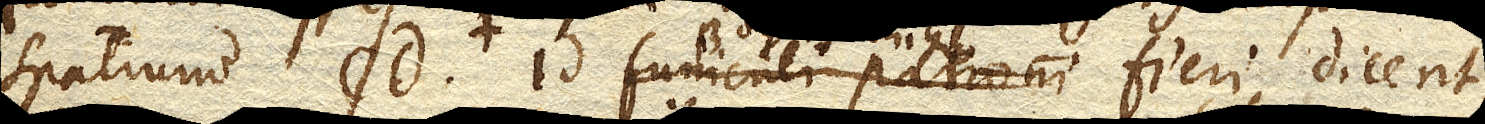
spatium CD. Id funiculi patroni fieri dicent,